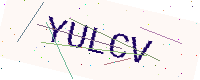
Text: YULCV